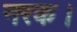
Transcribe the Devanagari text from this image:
नरक।